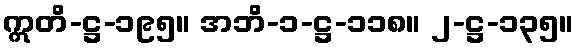
ဣတိ-ဋ္ဌ-၁၉၅။ အဘိ-၁-ဋ္ဌ-၁၁၈။ ၂-ဋ္ဌ-၁၃၅။